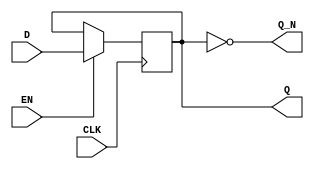
module edge_triggered_gated_latch (
    input wire D,          // Data input
    input wire EN,         // Enable input
    input wire CLK,        // Clock input
    output reg Q,          // Latch output
    output wire Q_N        // Complement of Q
);

// Complement output
assign Q_N = ~Q;

// Edge-triggered behavior on the rising edge of the clock
always @(posedge CLK) begin
    if (EN) begin
        Q <= D;           // Latch the data when enabled
    end
    // If EN is low, Q retains its current state
end

endmodule